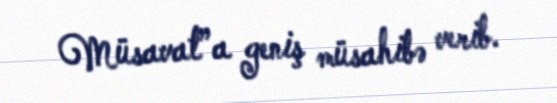
Müsavat”a geniş müsahibə verib.